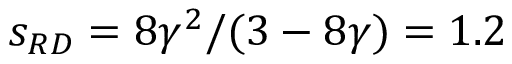
s _ { R D } = 8 \gamma ^ { 2 } / ( 3 - 8 \gamma ) = 1 . 2